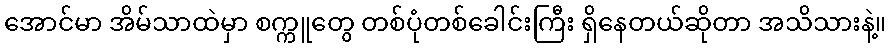
အောင်မာ အိမ်သာထဲမှာ စက္ကူတွေ တစ်ပုံတစ်ခေါင်းကြီး ရှိနေတယ်ဆိုတာ အသိသားနဲ့။